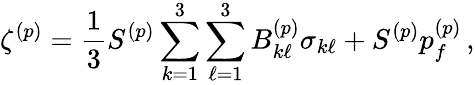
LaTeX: \zeta^{(p)}=\frac{1}{3}S^{(p)}\sum_{k=1}^{3}\sum_{\ell=1}^{3}B_{k\ell}^{(p)}\sigma_{k\ell}+S^{(p)}p_{f}^{(p)}\, ,